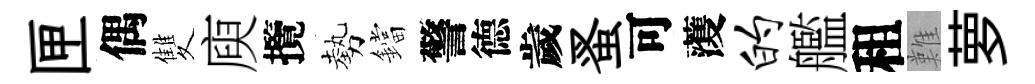
匣偶雙庾攬勢鐺警德歲蚤可𮑮的艦租難萝